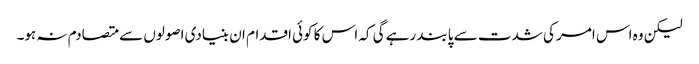
لیکن وہ اس امر کی شدت سے پابند رہے گی کہ اس کا کوئی اقدام ان بنیادی اصولوں سے متصادم نہ ہو۔